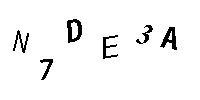
N7DE3A